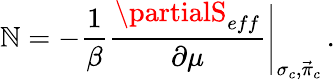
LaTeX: \mathbb{N}=-{\frac{{1}}{{\beta}}}{\frac{{\partialS_{eff}}}{{\partial\mu}}}\Biggr\vert_{\sigma_{c},\vec{{\pi}}_{c}}\, .